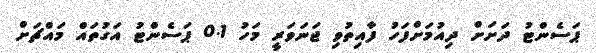
ޕަސެންޓު ދަށަށް ދިއުމަށްފަހު ފާއިތުވި ޖަނަވަރީ މަހު 0.1 ޕަސެންޓު އަގުތައް މައްޗަށް